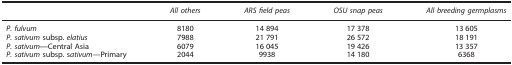
<table><thead><tr><td>[EMPTY_CELL]</td><td><b><i>All others</i></b></td><td><b><i>ARS field peas</i></b></td><td><b><i>OSU snap peas</i></b></td><td><b><i>All breeding germplasms</i></b></td></tr></thead><tbody><tr><td><i>P. fulvum</i></td><td>8180</td><td>14 894</td><td>17 378</td><td>13 605</td></tr><tr><td><i>P. sativum</i> subsp. <i>elatius</i></td><td>7988</td><td>21 791</td><td>26 572</td><td>18 191</td></tr><tr><td><i>P. sativum—</i>Central Asia</td><td>6079</td><td>16 045</td><td>19 426</td><td>13 357</td></tr><tr><td><i>P. sativum</i> subsp. s<i>ativum</i>—Primary</td><td>2044</td><td>9938</td><td>14 180</td><td>6368</td></tr></tbody></table>